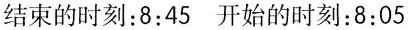
结束的时刻：8:45开始的时刻：8:05